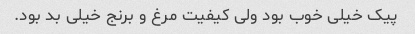
پیک خیلی خوب بود ولی کیفیت مرغ و برنج خیلی بد بود.